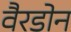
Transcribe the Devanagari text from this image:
वैरडोन